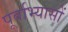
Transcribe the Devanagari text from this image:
पूर्वाभ्यासों